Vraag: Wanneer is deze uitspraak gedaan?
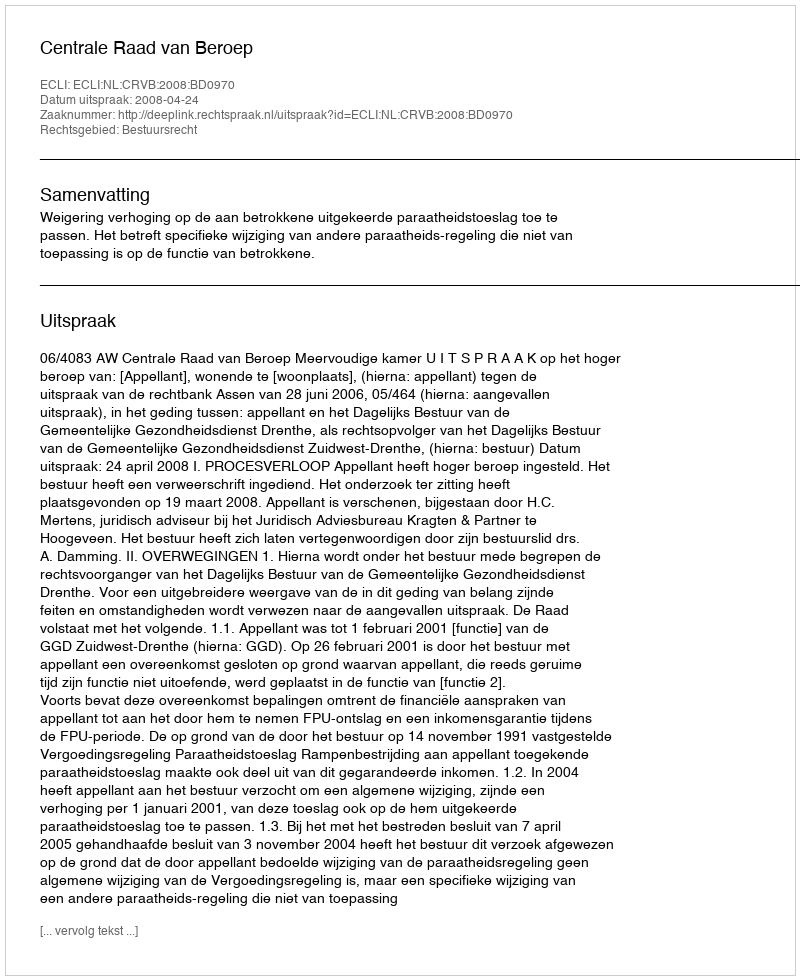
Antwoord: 2008-04-24